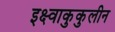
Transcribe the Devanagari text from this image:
इक्ष्वाकुकुलीन